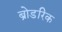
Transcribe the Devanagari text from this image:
ब्रोडरिक